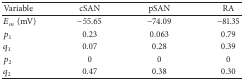
| Variable | cSAN | pSAN | RA |
 | --- | --- | --- | --- |
 | Em(mV) | −55.65 | −74.09 | −81.35 |
 | p1 | 0.23 | 0.063 | 0.79 |
 | q1 | 0.07 | 0.28 | 0.39 |
 | p2 | 0 | 0 | 0 |
 | q2 | 0.47 | 0.38 | 0.30 |